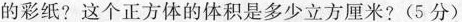
的彩纸?这个正方体的体积是多少立方厘米?(5分)